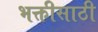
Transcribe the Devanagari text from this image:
भक्तीसाठी